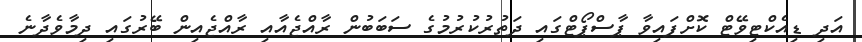
އަދި ޑިއެކްޓިވޭޓް ކޮށްފައިވާ ޕާސްޕޯޓްގައި ދަތުރުކުރުމުގެ ސަބަބުން ރާއްޖެއާއި ރާއްޖެއިން ބޭރުގައި ދިމާވެދާނެ